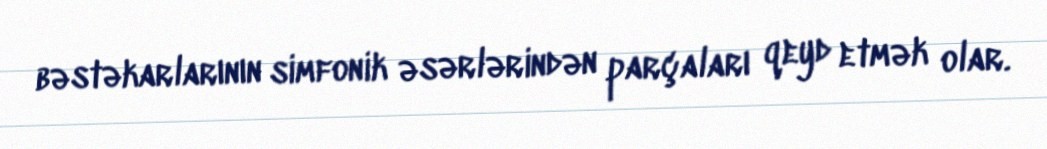
bəstəkarlarının simfonik əsərlərindən parçaları qeyd etmək olar.